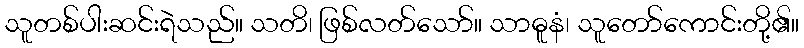
သူတစ်ပါးဆင်းရဲသည်။ သတိ၊ ဖြစ်လတ်သော်။ သာဓူနံ၊ သူတော်ကောင်းတို့၏။